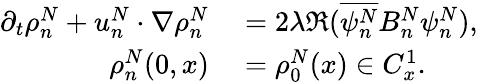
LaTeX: \begin{array}{rl}{\partial_{t}\rho_{n}^{N}+u_{n}^{N}\cdot\nabla\rho_{n}^{N}}&{{}=2\lambda\Re(\overline{{\psi_{n}^{N}}}B_{n}^{N}\psi_{n}^{N}),}\\ {\rho_{n}^{N}(0,x)}&{{}=\rho_{0}^{N}(x)\in C_{x}^{1}.}\end{array}